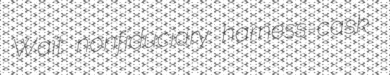
Wait nonfiduciary harness-cask